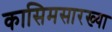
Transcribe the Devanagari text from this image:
कासिमसारख्या